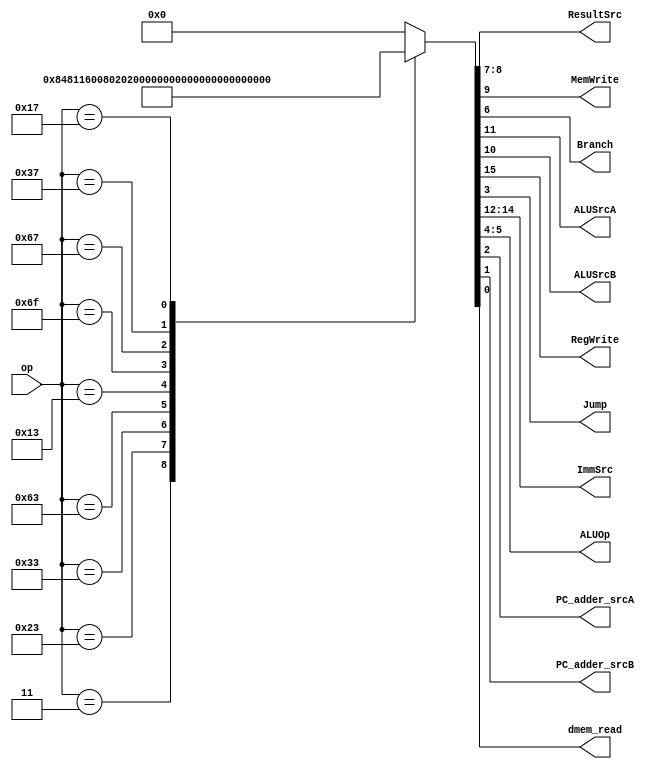
module Main_Decoder(
input [6:0] op,
output [1:0] ResultSrc,
output MemWrite,
output Branch, ALUSrcA, ALUSrcB,
output RegWrite, Jump,
output [2:0] ImmSrc,
output [1:0] ALUOp,
output PC_adder_srcA, 
output PC_adder_srcB,
output dmem_read
);
reg [15:0] controls;
assign {RegWrite, ImmSrc, ALUSrcA, ALUSrcB, MemWrite, ResultSrc, Branch, ALUOp, Jump, PC_adder_srcA, PC_adder_srcB, dmem_read} = controls;
always @ *
case(op)
// RegWrite_ImmSrc_ALUSrcA_ALUSrcB_MemWrite_ResultSrc_Branch_ALUOp_Jump_PCaddersrcA_PCaddersrcB_dmemRead
7'b0000011: controls = 16'b1_000_0_1_0_01_0_00_0_0_0_1; // load
7'b0100011: controls = 16'b0_001_0_1_1_00_0_00_0_0_0_0; // store
7'b0110011: controls = 16'b1_000_0_0_0_00_0_10_0_0_0_0; // R-type
7'b1100011: controls = 16'b0_010_0_0_0_00_1_11_0_0_0_0; // B-type (ALUOP MODIFIED)
7'b0010011: controls = 16'b1_000_0_1_0_00_0_10_0_0_0_0; // I-type ALU
7'b1101111: controls = 16'b1_011_0_0_0_10_0_00_1_0_0_0; // jal
7'b1100111: controls = 16'b1_000_0_0_0_10_0_00_1_0_1_0; // jalr
7'b0110111: controls = 16'b1_100_1_1_0_00_0_00_0_0_0_0; // lui: load upper immediate
7'b0010111: controls = 16'b1_100_0_0_0_11_0_00_0_0_0_0; // auipc
default: controls = 16'b0; // ???
endcase
endmodule